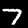
Label: 7